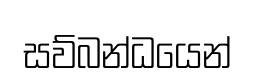
සව්බන්ධයෙන්